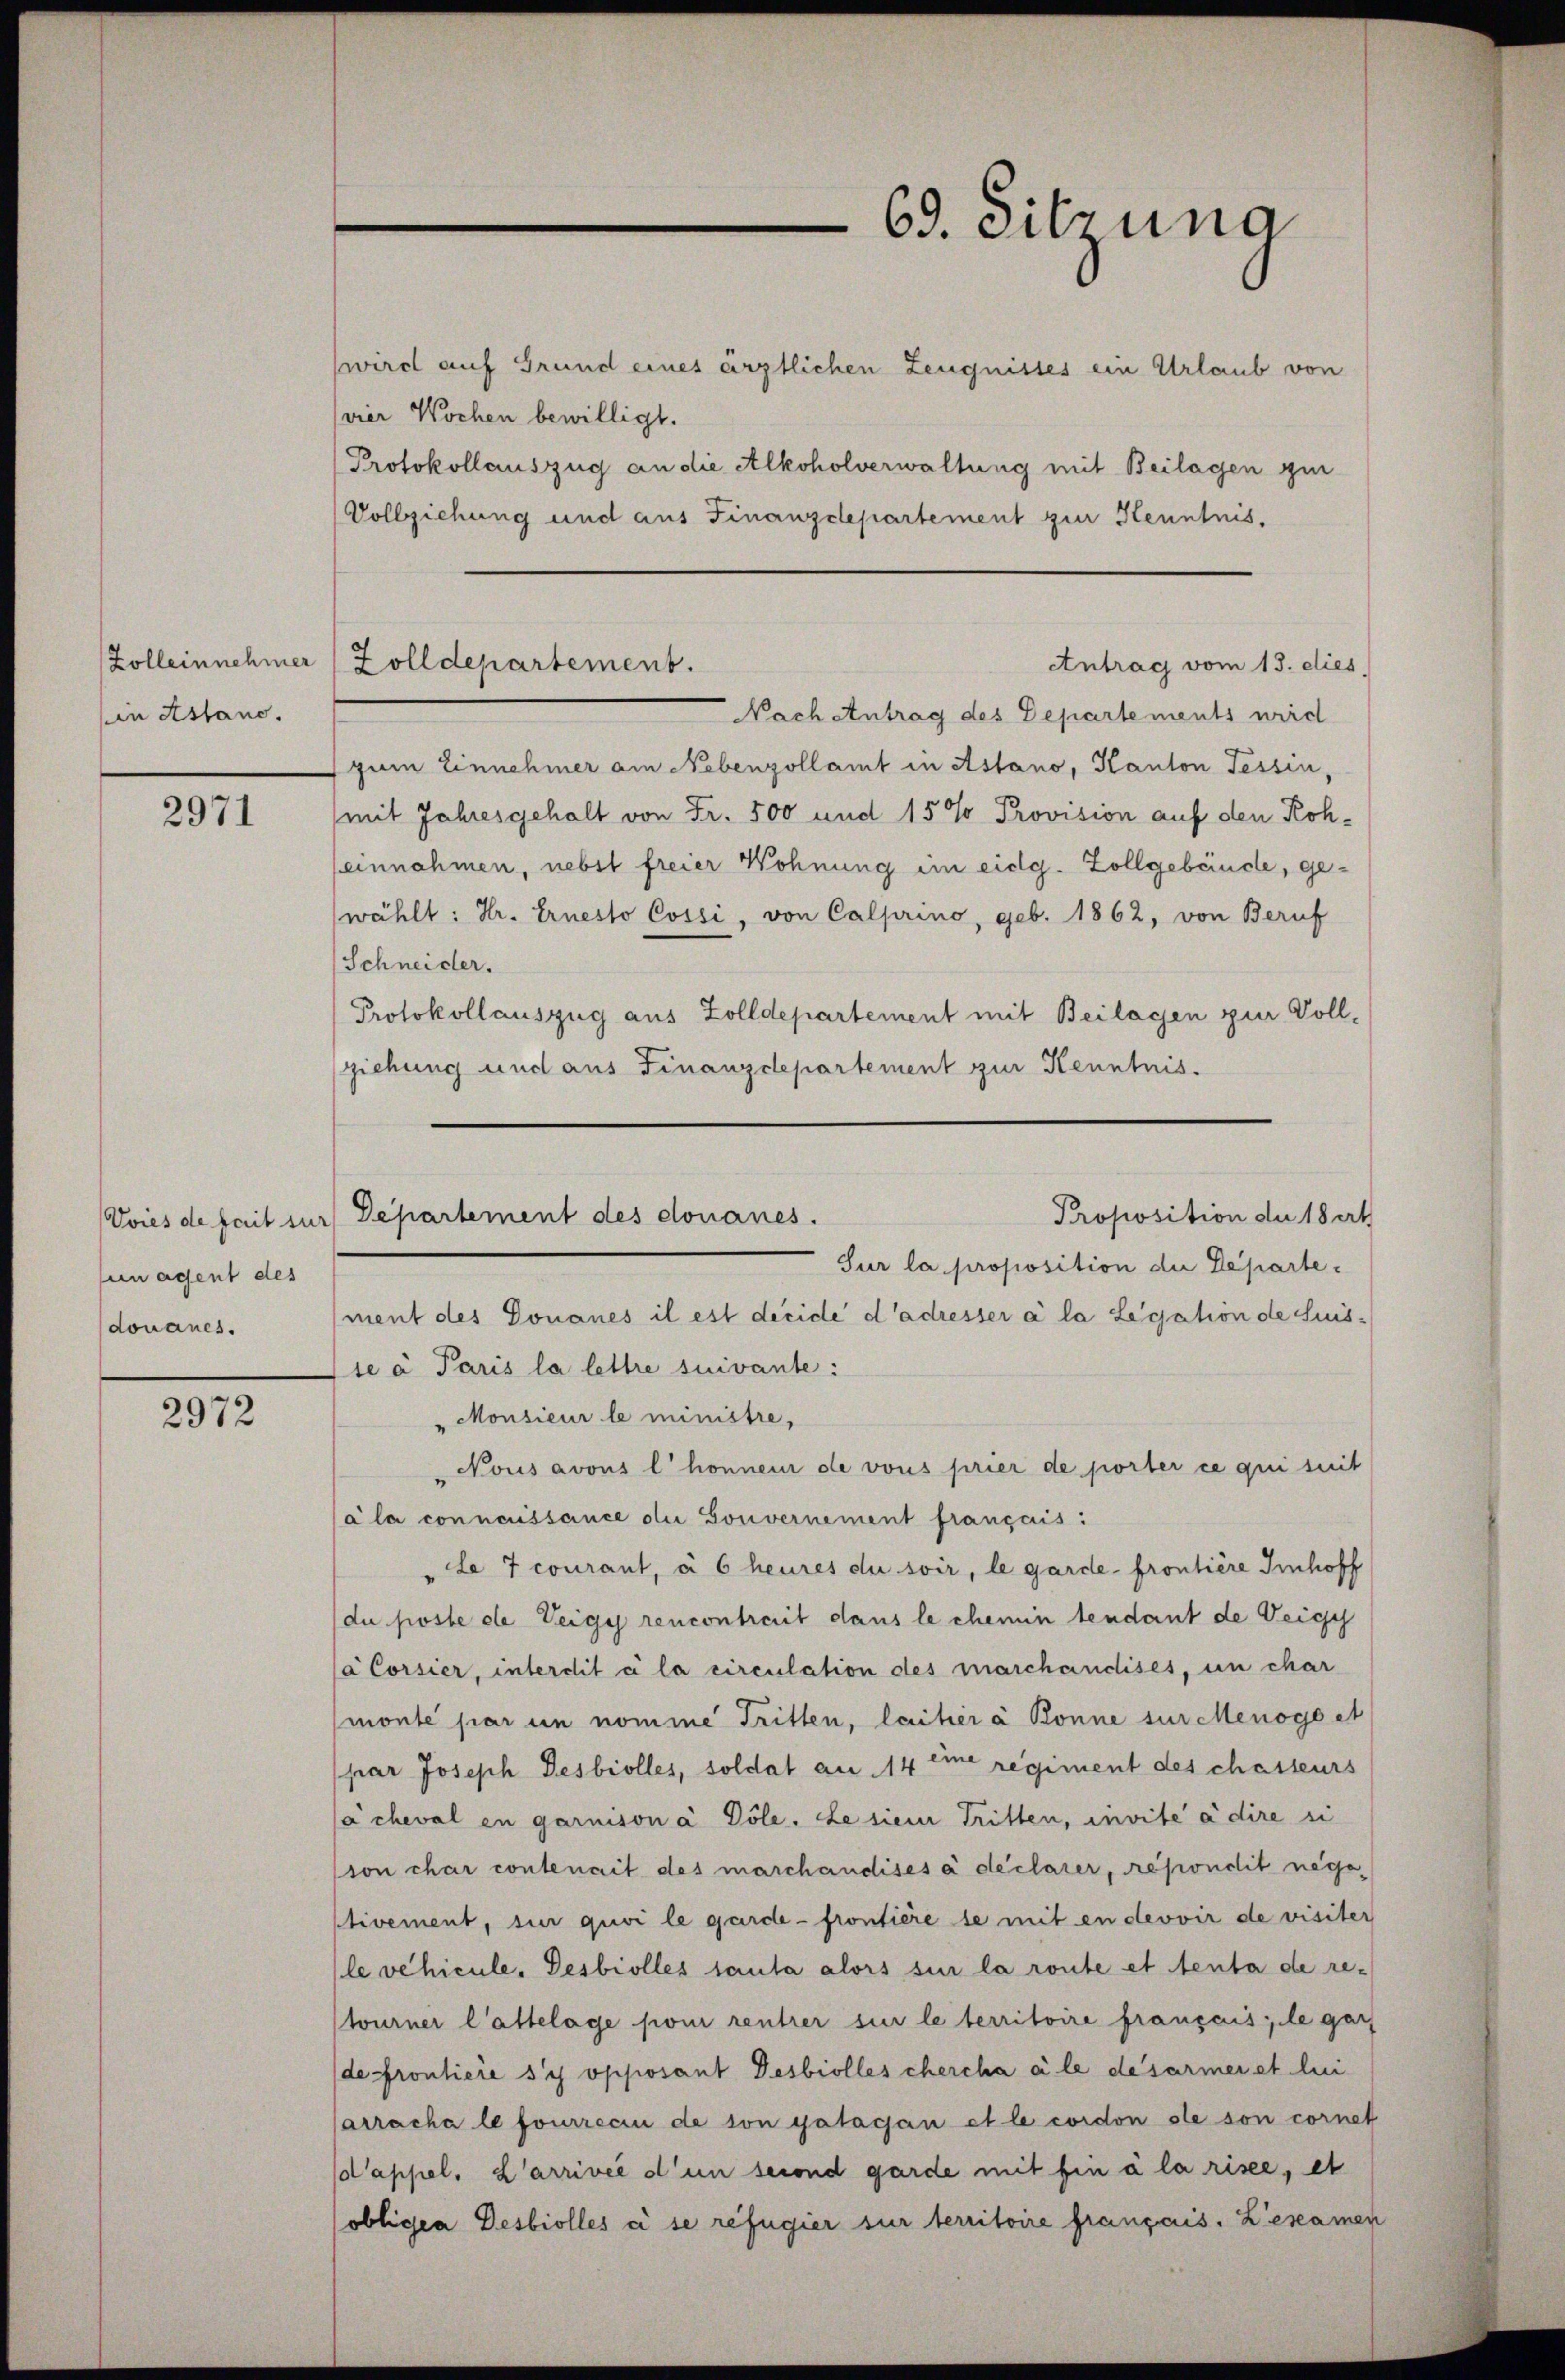
Zolleinnehmer
sin Astand.

2971

Vvies de fait sur
un agent des
douanes.

2972

69. Sitzung

wird auf Grund eines ärztlichen Zeugnisses ein Urlaub von
vier Wochen bewilligt.
Protokollauszug an die Alkoholverwaltung mit Beilagen gin
Vollziehung und aus Finanzdepartement zur Kenntnis,
Nach Antrag des Departements wird
zum Einnehmer am Nebenzollamt in Astano, Kanton Tessin,
mit Jahresgehalt von Fr. 500 und 15 % Provision auf den Koheinnahmen, nebst freier Wohnung im eidg. Zollgebäude, gewählt: Hr. Ernesto Cossi, von Calprino, geb. 1862, von Beruf
Schneider.
Protokollauszug aus Zolldepartement mit Beilagen zur Voll-
ziehung und aus Finanzdepartement zur Kenntnis.

Zolldepartement.
Antrag vom 13. dies

Proposition du 18 ert
Departement des donanes.
Sur la proposition die Departement des Donaues il est decide d’adresser à la Legation de suis-
se a Paris la lettre suivante:

Monsieur le ministre,
Nous avous l. honnen de vous prier de porter ce qui suit
ála connaissance die Gouvernement français:
Le 7 courant, à 6 heures die soir, le garde-frontière Imhoff
du posse de Teigy rencontrait dans le chemin tendant de Deigy
à Corsier, interdit à la circulation des marchandises, un char
monte par un nomine Tritten, laitier à Bonne sur cenogo et
par Joseph Desbiolles, soldat an 14 eine regiment des chasseurs
/a cheval en garnison à Döle. Le sien Tritten, invite a dire si
son char contenait des marchandises à déclarer, respondit negestivement, sur quoi le garde-frontière se mit en devoir de visiter
le vehicule, Desbiolles sauta alors sur la route et enta de re-
tourner l’attelage pom rentrer sie le territoire français pile gar
de Frontiere sy opposant Desbiolles chercha a le desarmer et lei
Carracha le fourreciu de son galagan et le cordon ste son cornet
Kappel. L’arrivée d’un second garde mit hin à la risee, et
obligen Desbiolles à se refugier sur territoire français. Leseamen